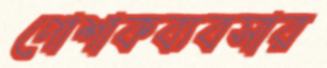
পোশাকব্যবসার